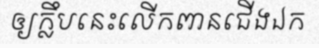
ឲ្យក្លឹបនេះលើកពានជើងឯក